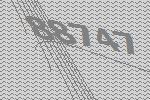
88747